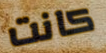
كانت